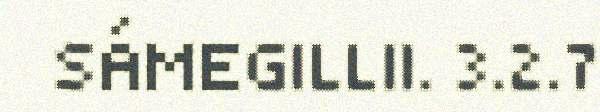
SÁMEGILLII. 3.2.7